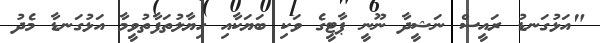
"އަޅުގަނޑު ރައީސް ނަޝީދާ ނޫނީ ޕާޓީގެ ވަކި ބަޔަކާއި ހިޔާލުތަފާތުވީމާ އަޅުގަނޑާ މެދު